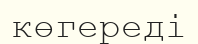
көгереді